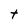
Character: t